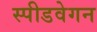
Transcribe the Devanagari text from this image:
स्पीडवेगन